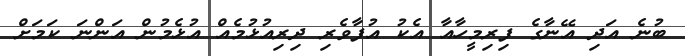
ބުނެ އަދި އޭނާގެ ފިރިމީހާއާ އެކު އުފާވެރި ދިރިއުޅުމެއް އުޅެމުން އަންނަ ކަމަށް